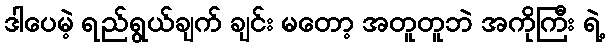
ဒါပေမဲ့ ရည်ရွယ်ချက် ချင်း မတော့ အတူတူဘဲ အကိုကြီး ရဲ့